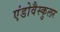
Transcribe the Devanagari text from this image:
एंडोवैस्कुलर